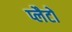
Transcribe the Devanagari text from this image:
प्लैटों